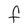
Character: F